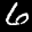
Label: 6